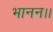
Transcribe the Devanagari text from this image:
भानन।।